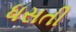
ધસતી